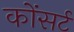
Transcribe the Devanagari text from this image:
कोंसर्ट